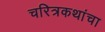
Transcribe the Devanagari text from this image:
चरित्रकथांचा